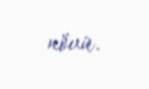
növü.